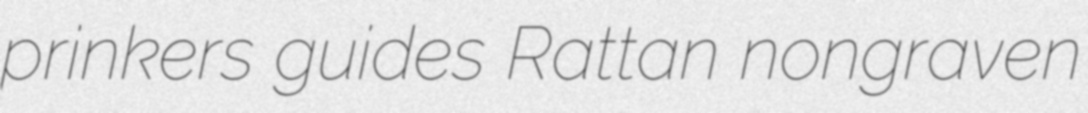
prinkers guides Rattan nongraven